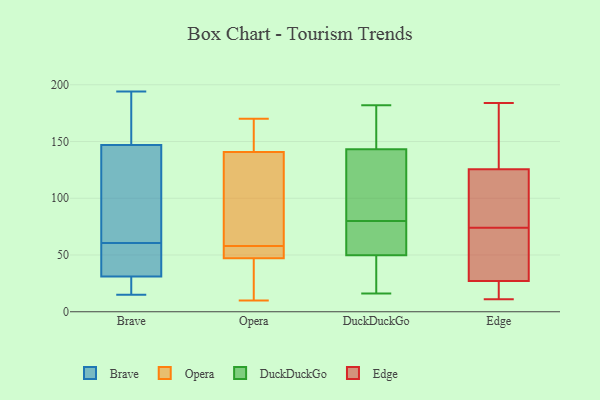
{"axis": {"x": "Energy Usage (MWh)", "y": "Value"}, "legend": ["Brave", "DuckDuckGo", "Edge", "Opera"], "data": [{"x": "", "y": 15, "type": "Brave"}, {"x": "", "y": 194, "type": "Brave"}, {"x": "", "y": 64, "type": "Brave"}, {"x": "", "y": 31, "type": "Brave"}, {"x": "", "y": 180, "type": "Brave"}, {"x": "", "y": 37, "type": "Brave"}, {"x": "", "y": 57, "type": "Brave"}, {"x": "", "y": 35, "type": "Brave"}, {"x": "", "y": 91, "type": "Brave"}, {"x": "", "y": 183, "type": "Brave"}, {"x": "", "y": 20, "type": "Brave"}, {"x": "", "y": 147, "type": "Brave"}, {"x": "", "y": 134, "type": "Brave"}, {"x": "", "y": 24, "type": "Brave"}, {"x": "", "y": 47, "type": "Opera"}, {"x": "", "y": 48, "type": "Opera"}, {"x": "", "y": 95, "type": "Opera"}, {"x": "", "y": 166, "type": "Opera"}, {"x": "", "y": 89, "type": "Opera"}, {"x": "", "y": 170, "type": "Opera"}, {"x": "", "y": 156, "type": "Opera"}, {"x": "", "y": 21, "type": "Opera"}, {"x": "", "y": 10, "type": "Opera"}, {"x": "", "y": 58, "type": "Opera"}, {"x": "", "y": 52, "type": "Opera"}, {"x": "", "y": 174, "type": "DuckDuckGo"}, {"x": "", "y": 20, "type": "DuckDuckGo"}, {"x": "", "y": 134, "type": "DuckDuckGo"}, {"x": "", "y": 57, "type": "DuckDuckGo"}, {"x": "", "y": 49, "type": "DuckDuckGo"}, {"x": "", "y": 80, "type": "DuckDuckGo"}, {"x": "", "y": 128, "type": "DuckDuckGo"}, {"x": "", "y": 182, "type": "DuckDuckGo"}, {"x": "", "y": 107, "type": "DuckDuckGo"}, {"x": "", "y": 84, "type": "DuckDuckGo"}, {"x": "", "y": 34, "type": "DuckDuckGo"}, {"x": "", "y": 171, "type": "DuckDuckGo"}, {"x": "", "y": 74, "type": "DuckDuckGo"}, {"x": "", "y": 75, "type": "DuckDuckGo"}, {"x": "", "y": 16, "type": "DuckDuckGo"}, {"x": "", "y": 50, "type": "DuckDuckGo"}, {"x": "", "y": 175, "type": "DuckDuckGo"}, {"x": "", "y": 184, "type": "Edge"}, {"x": "", "y": 56, "type": "Edge"}, {"x": "", "y": 25, "type": "Edge"}, {"x": "", "y": 73, "type": "Edge"}, {"x": "", "y": 11, "type": "Edge"}, {"x": "", "y": 132, "type": "Edge"}, {"x": "", "y": 123, "type": "Edge"}, {"x": "", "y": 75, "type": "Edge"}, {"x": "", "y": 29, "type": "Edge"}, {"x": "", "y": 128, "type": "Edge"}, {"x": "", "y": 14, "type": "Edge"}, {"x": "", "y": 96, "type": "Edge"}]}